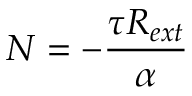
N = - { \frac { \tau R _ { e x t } } { \alpha } }